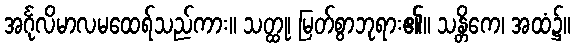
အင်္ဂုလိမာလမထေရ်သည်ကား။ သတ္ထု၊ မြတ်စွာဘုရား၏။ သန္တိကေ၊ အထံ၌။